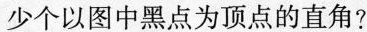
少个以图中黑点为顶点的直角？